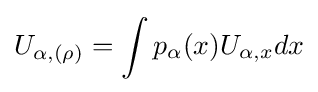
U_{\alpha ,(\rho )}=\int p_{\alpha }(x)U_{\alpha ,x}dx